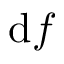
\mathrm { d } f